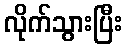
လိုက်သွားပြီး